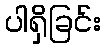
ပါရှိခြင်း